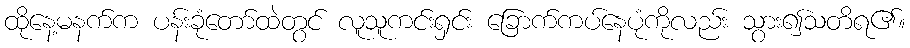
ထိုနေ့မနက်က ပန်းခုံတော်ထဲတွင် လူသူကင်းရှင်း ခြောက်ကပ်နေပုံကိုလည်း သွား၍သတိရ၏။